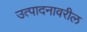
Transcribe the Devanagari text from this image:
उत्पादनावरील